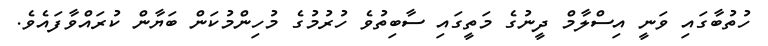
ހުތުބާގައި ވަނީ އިސްލާމް ދީނުގެ މަތީގައި ސާބިތުވެ ހުރުމުގެ މުހިންމުކަން ބަޔާން ކުރައްވާފައެވެ.